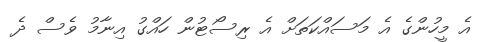
އެ މީހުންގެ އެ މަސައްކަތަށް އެ ރިސޯޓުން ހައްގު އިނާމު ވެސް ދެ